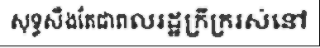
សុទ្ធសឹងតែជាពលរដ្ឋក្រីក្ររស់នៅ